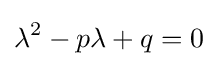
\lambda ^{2}-p\lambda +q=0